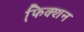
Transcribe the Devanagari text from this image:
फि़क्शन